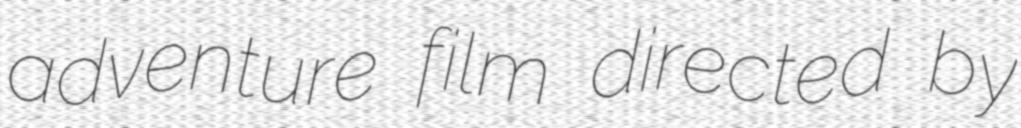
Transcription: adventure film directed by